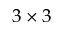
3 \times 3